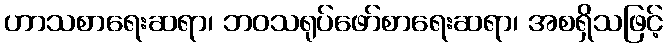
ဟာသစာရေးဆရာ၊ ဘဝသရုပ်ဖော်စာရေးဆရာ၊ အစရှိသဖြင့်